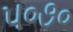
૫૦૭૦